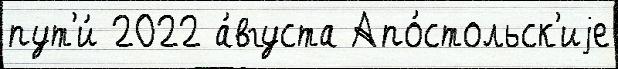
пут'и́ 2022 а́вгуста Апо́стольск'иjе